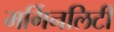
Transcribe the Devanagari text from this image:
मर्गिनलिटी